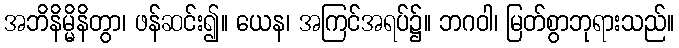
အဘိနိမ္မိနိတွာ၊ ဖန်ဆင်း၍။ ယေန၊ အကြင်အရပ်၌။ ဘဂဝါ၊ မြတ်စွာဘုရားသည်။